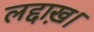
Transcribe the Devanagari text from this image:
लद्दाख़।